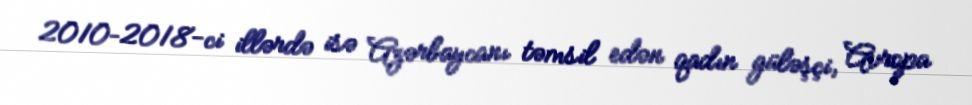
2010–2018-ci illərdə isə Azərbaycanı təmsil edən qadın güləşçi, Avropa